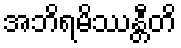
အဘိရမိဿန္တီတိ